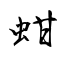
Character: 蚶